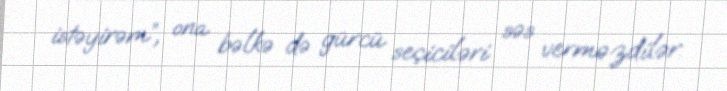
istəyirəm”, ona bəlkə də gürcü seçiciləri səs verməzdilər.